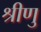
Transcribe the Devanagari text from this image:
श्रीणु